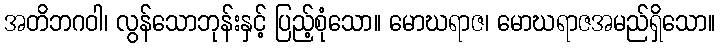
အတိဘဂဝါ၊ လွန်သောဘုန်းနှင့် ပြည့်စုံသော။ မောဃရာဇ၊ မောဃရာဇအမည်ရှိသော။